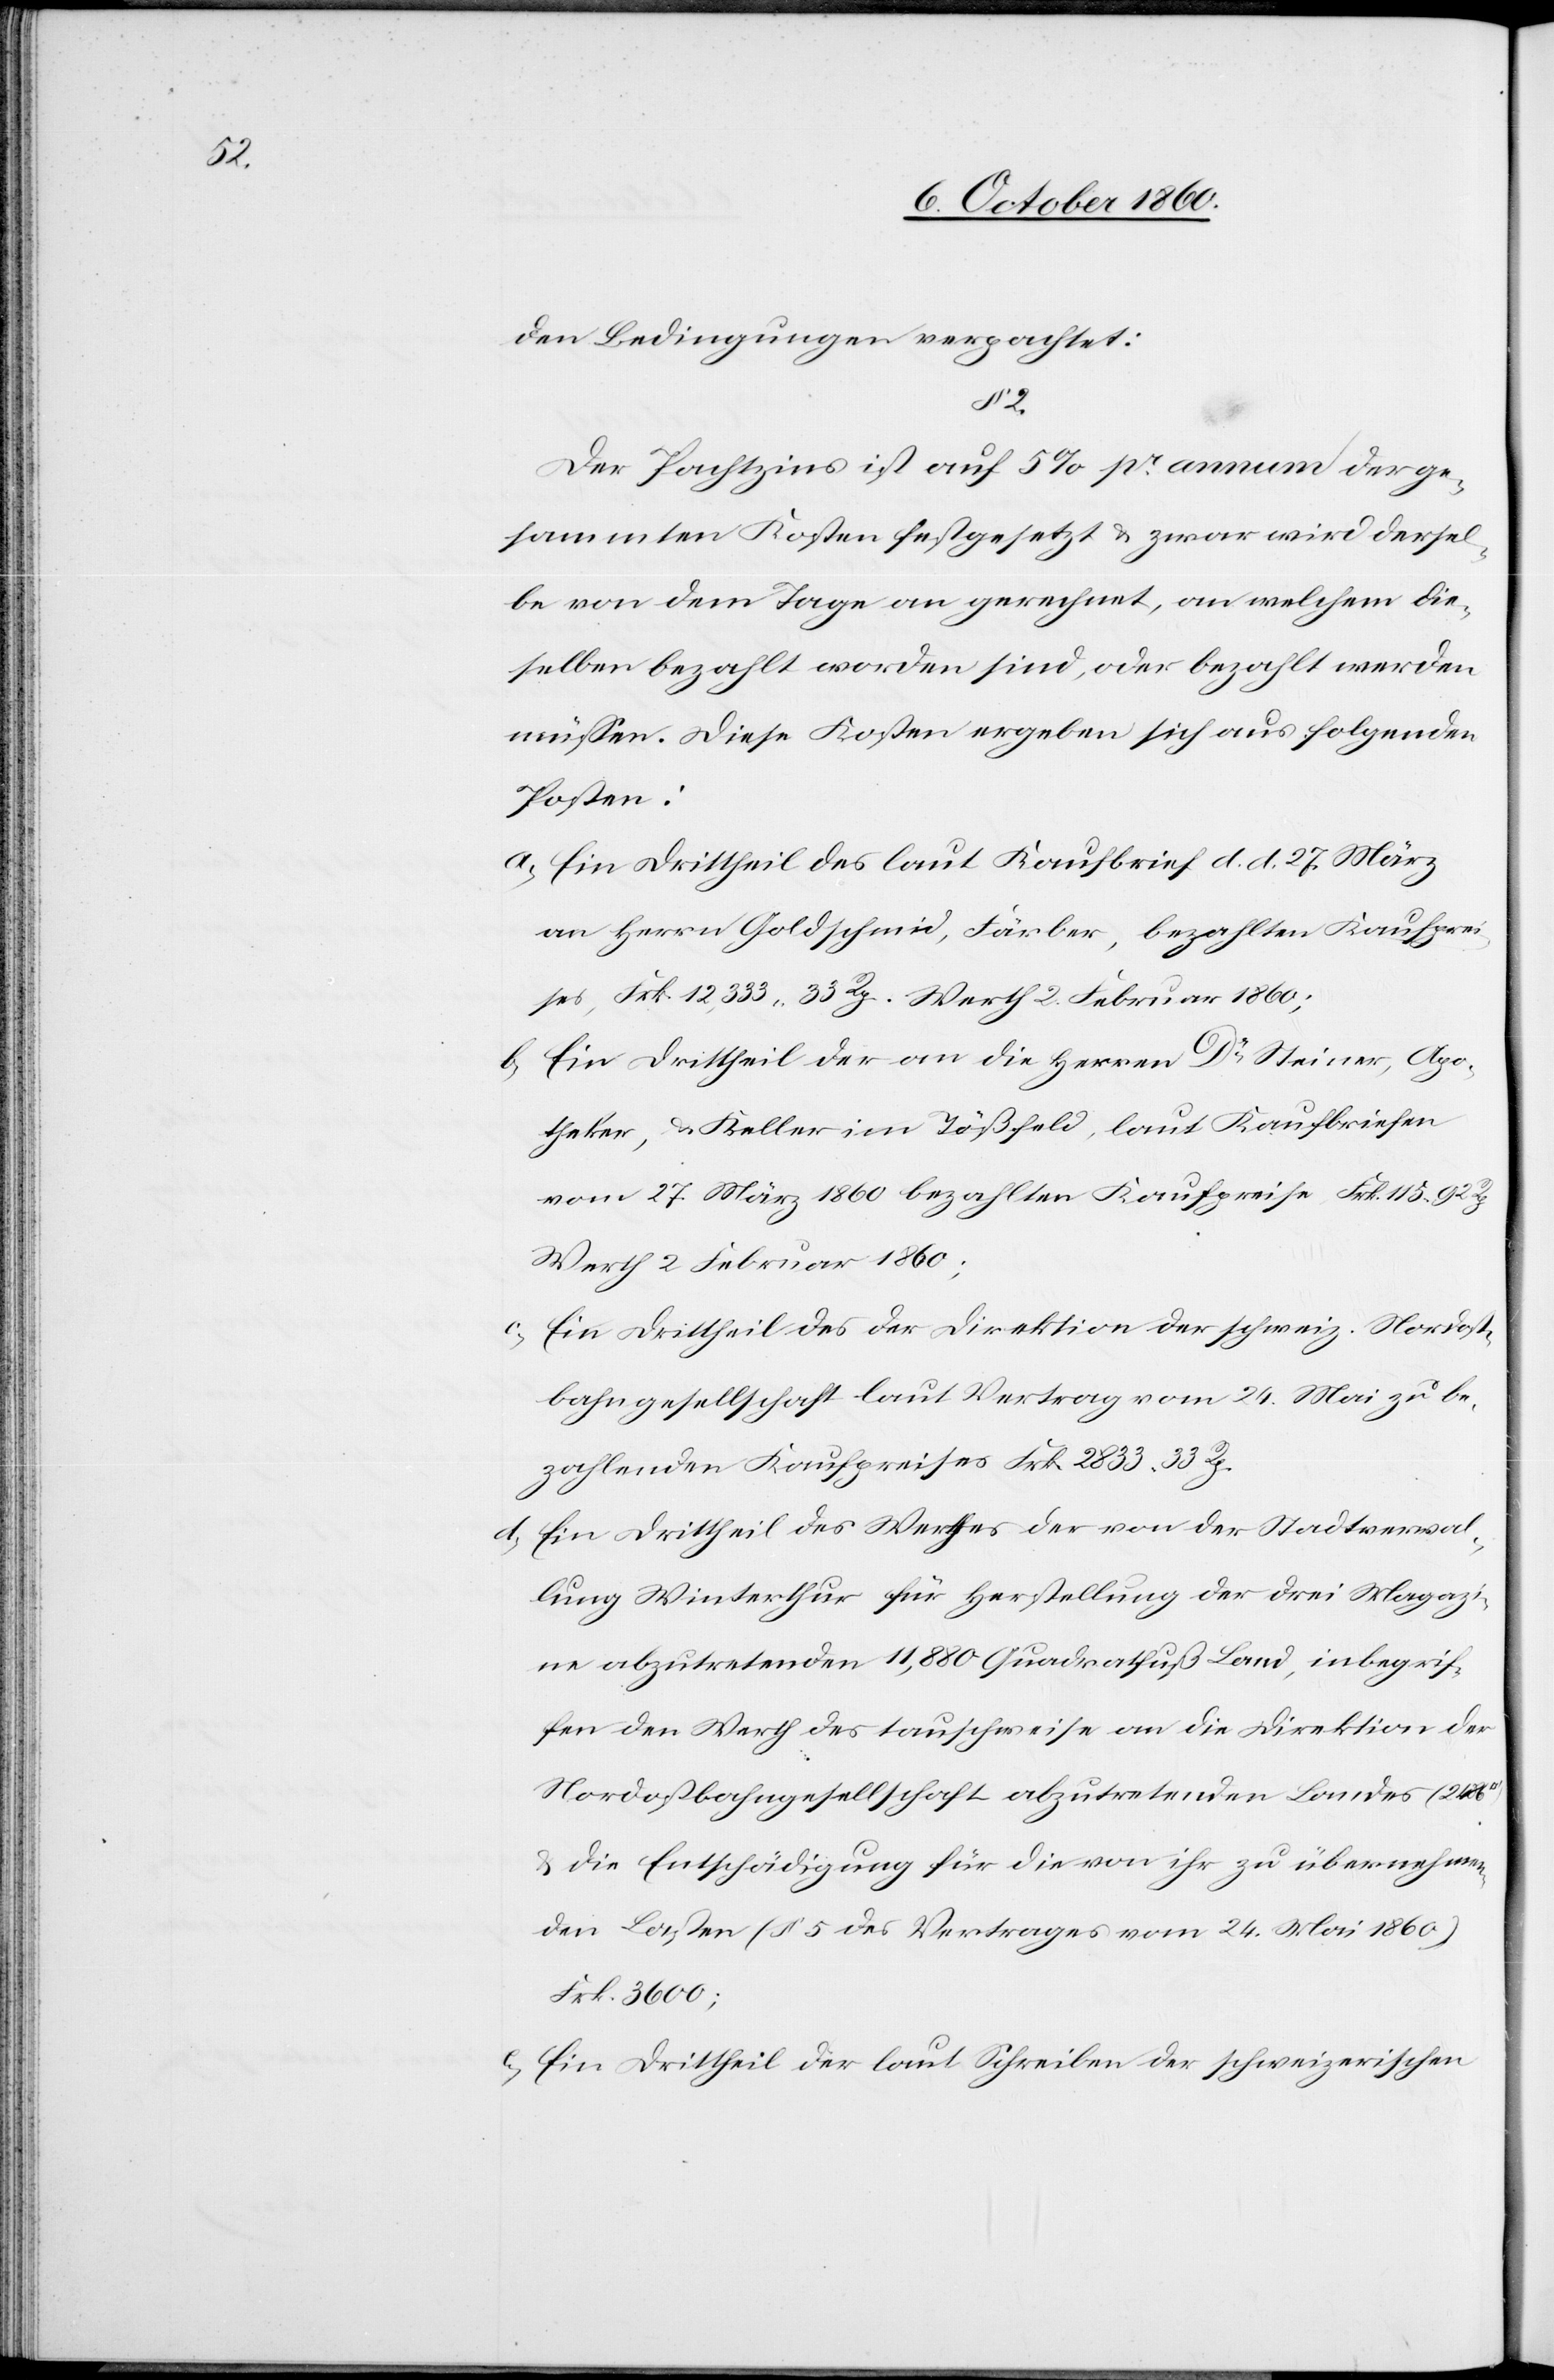
2.

den Bedingungen verpachtet:
Der Pachtzins ist auf 5% pr. annum der ge¬
sammten Kosten festgesetzt u. zwar wird dersel¬
be von dem Tage an gerechnet, an welchem die¬
selben bezahlt worden sind, oder bezahlt werden
müssen. Diese Kosten ergeben sich aus folgenden
Posten:
a) Ein Drittheil des laut Kaufbrief d. d. 27. März
an Herrn Goldschmid, Färber, bezahlten Kaufprei¬
ses, Frk. 12,333. 33 Rp. Werth 2. Februar 1860;
Ein Drittheil der an die Herren Dr Steiner, Apo¬
theker, u. Keller im Tößfeld, laut Kaufbriefen
vom 27. März 1860 bezahlten Kaufpreise Frk. 115 92
Werth 2. Februar 1860;
c) Ein Drittheil des der Direktion der schweiz. Nordost¬
bahngesellschaft laut Vertrag vom 24. Mai zu be¬
zahlenden Kaufpreises Frk. 2833. 33 Rp.
d) Ein Drittheil des Werthes der von der Stadtverwal¬
tung Winterthur für Herstellung der drei Magazi¬
ne abzutretenden 11,880 Quadratfuß Land, inbegrif¬
fen den Werth des tauschweise an die Direktion der
Nordostbahngesellschaft abzutretenden Landes
u. die Entschädigung für die von ihr zu übernehmen¬
den Lasten (§ 5 des Vertrages vom 24. Mai 1860)
Frk. 3600;
e) Ein Drittheil der laut Schreiben der schweizerischen